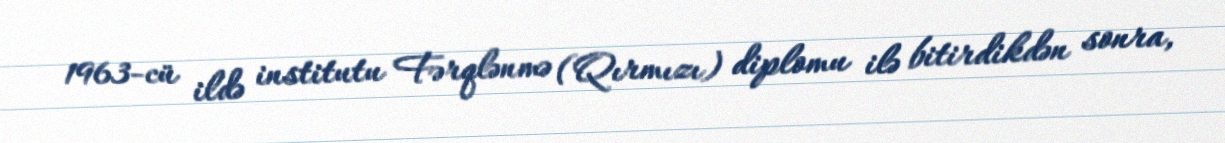
1963-cü ildə institutu Fərqlənmə (Qırmızı) diplomu ilə bitirdikdən sonra,